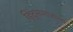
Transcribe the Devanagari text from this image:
हिंदूसमाजाला